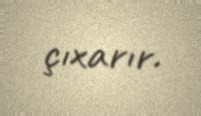
çıxarır.